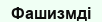
Фашизмді